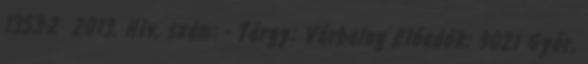
1353-2 2013. Hiv. szám: - Tárgy: Várbalog Előadók: 9021 Győr,